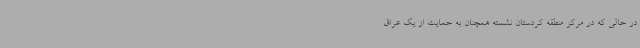
در حالی که در مرکز منطقه کردستان نشسته همچنان به حمایت از یک عراق